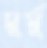
মুর্মু